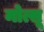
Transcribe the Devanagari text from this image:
मोत्सू